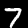
Label: 7